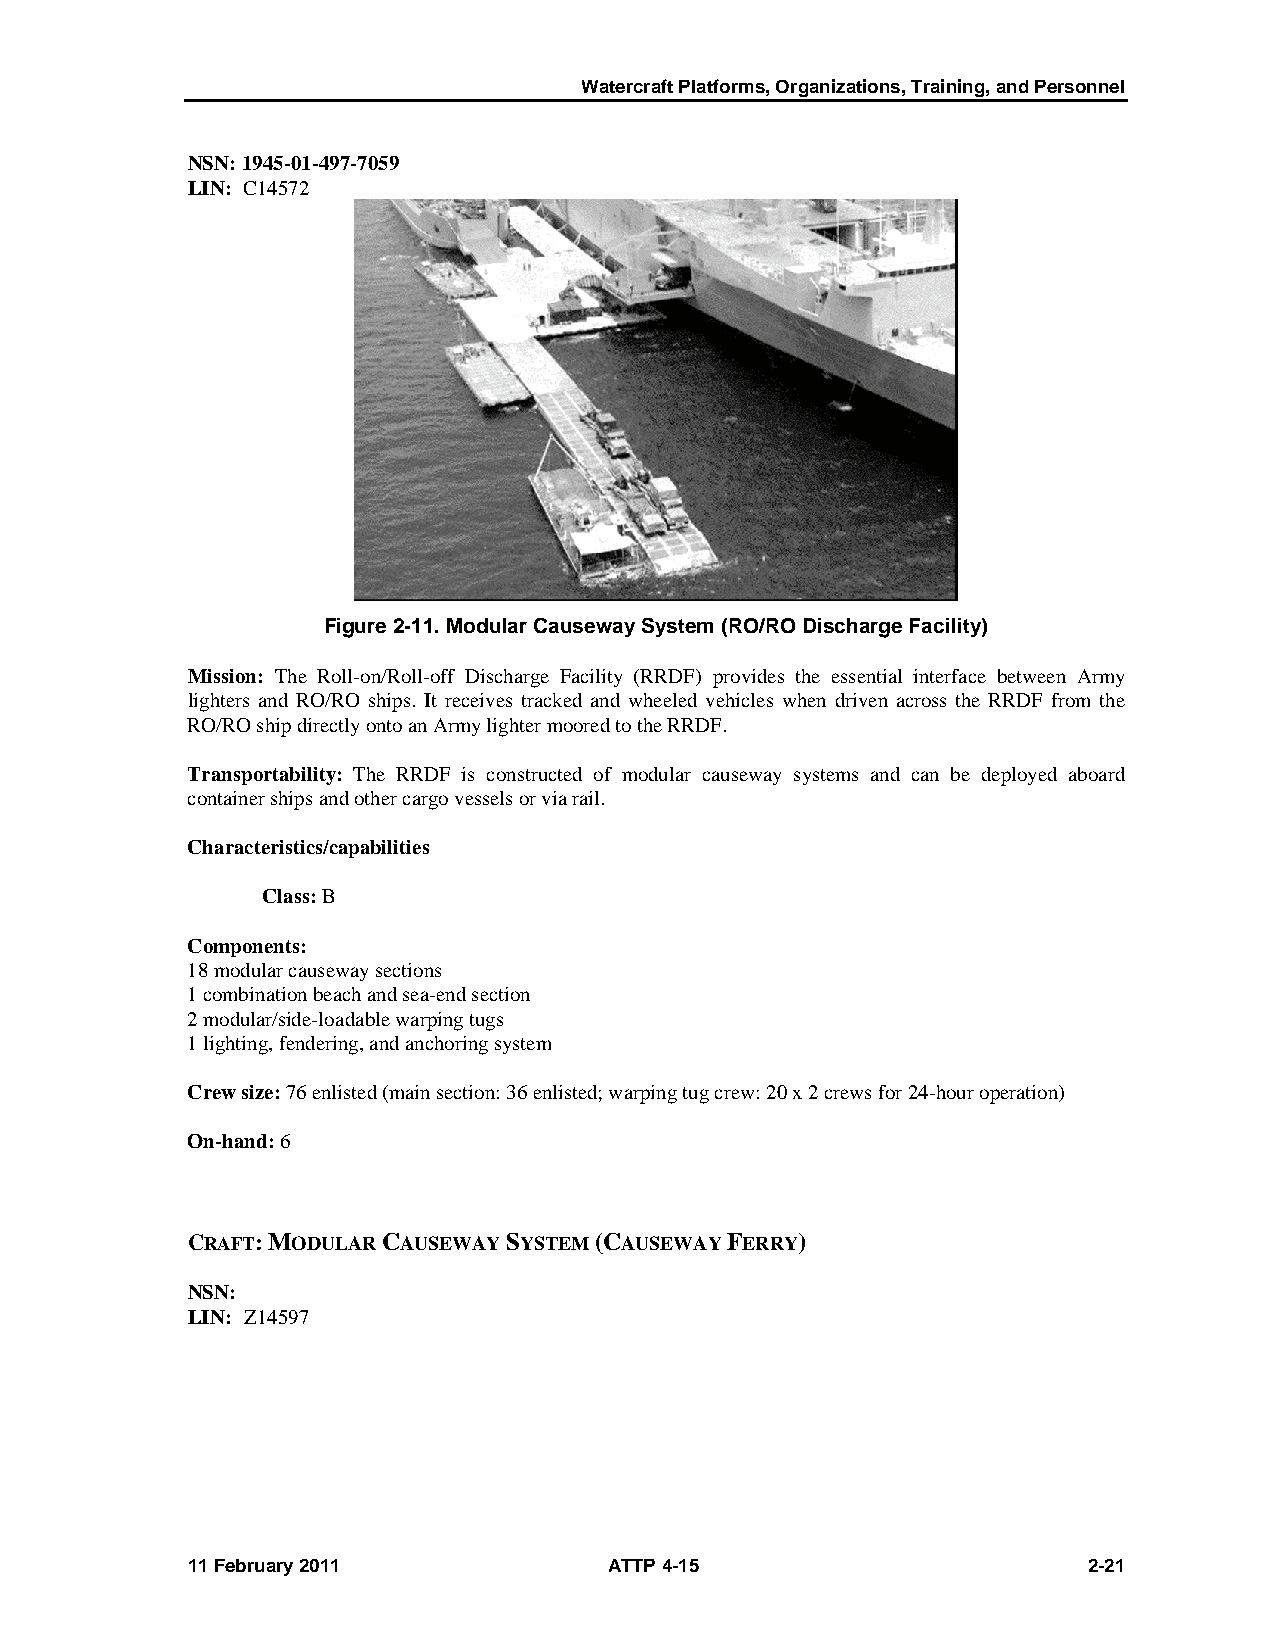
Watercraft Platforms, Organizations, Training, and Personnel
 NSN: 1945-01-497-7059
 LIN: C14572
 Figure 2-11. Modular Causeway System (RO/RO Discharge Facility)
 Mission: The Roll-on/Roll-off Discharge Facility (RRDF) provides the essential interface between Army
 lighters and RO/RO ships. It receives tracked and wheeled vehicles when driven across the RRDF from the
 RO/RO ship directly onto an Army lighter moored to the RRDF.
 Transportability: The RRDF is constructed of modular causeway systems and can be deployed aboard
 container ships and other cargo vessels or via rail.
 Characteristics/capabilities
 Class: B
 Components:
 18 modular causeway sections
 1 combination beach and sea-end section
 2 modular/side-loadable warping tugs
 1 lighting, fendering, and anchoring system
 Crew size: 76 enlisted (main section: 36 enlisted; warping tug crew: 20 x 2 crews for 24-hour operation)
 On-hand: 6
 CRAFT: MODULAR CAUSEWAY SYSTEM (CAUSEWAY FERRY)
 NSN:
 LIN: Z14597
 11 February 2011            ATTP 4-15                       2-21